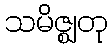
သမိဇ္ဈတု